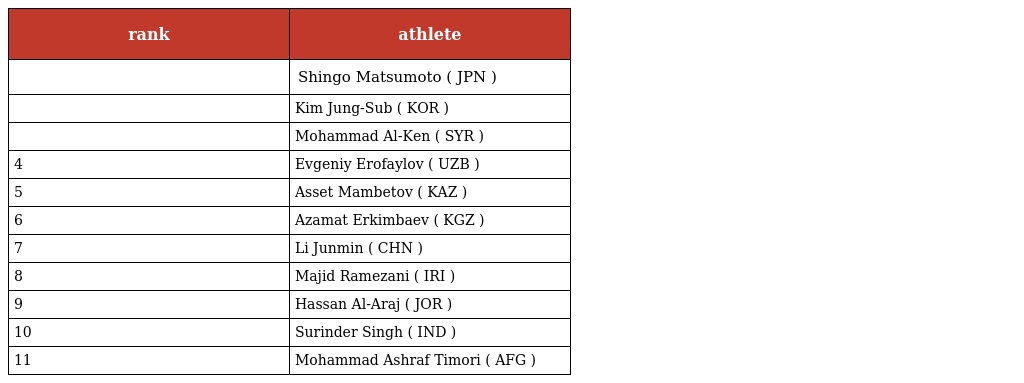
| rank | athlete |
 | --- | --- |
 |  | Shingo Matsumoto ( JPN ) |
 |  | Kim Jung-Sub ( KOR ) |
 |  | Mohammad Al-Ken ( SYR ) |
 | 4 | Evgeniy Erofaylov ( UZB ) |
 | 5 | Asset Mambetov ( KAZ ) |
 | 6 | Azamat Erkimbaev ( KGZ ) |
 | 7 | Li Junmin ( CHN ) |
 | 8 | Majid Ramezani ( IRI ) |
 | 9 | Hassan Al-Araj ( JOR ) |
 | 10 | Surinder Singh ( IND ) |
 | 11 | Mohammad Ashraf Timori ( AFG ) |